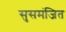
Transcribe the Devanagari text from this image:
सुसमंजित